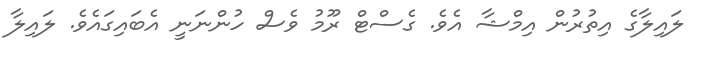
ލައިލާގެ އިތުރުން އިމްޝާ އެވެ. ގެސްޓް ރޫމު ވެސް ހުންނަނީ އެބައިގައެވެ. ލައިލާ